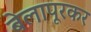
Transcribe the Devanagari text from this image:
बेलापूरकर